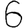
Digit: 6